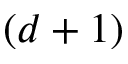
( d + 1 )